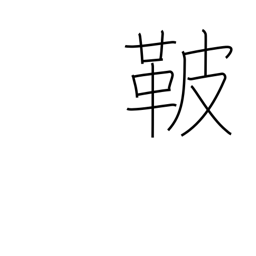
Meaning: saddle cover